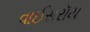
વાઈસરૉય